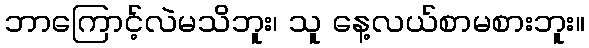
ဘာကြောင့်လဲမသိဘူး၊ သူ နေ့လယ်စာမစားဘူး။